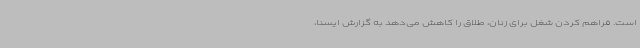
است. فراهم کردن شغل برای زنان، طلاق را کاهش می‌دهد به گزارش ایسنا،